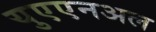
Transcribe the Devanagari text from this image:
युएएनअल